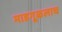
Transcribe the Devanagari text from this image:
माडगूळलाच